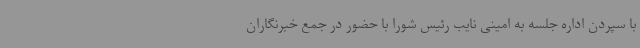
با سپردن اداره جلسه به امینی نایب رئیس شورا با حضور در جمع خبرنگاران